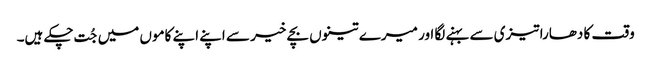
وقت کا دھارا تیزی سے بہنے لگا اور میرے تینوں بچے خیر سے اپنے اپنے کاموں میں جُت چکے ہیں۔